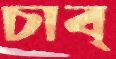
চাব্